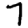
Digit: 7